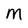
Character: M